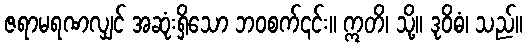
ဇရာမရဏလျှင် အဆုံးရှိသော ဘဝစက်၎င်း။ ဣတိ၊ သို့။ ဒုဝိဓံ၊ သည်။